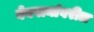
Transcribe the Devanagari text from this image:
वेबपानांवरील